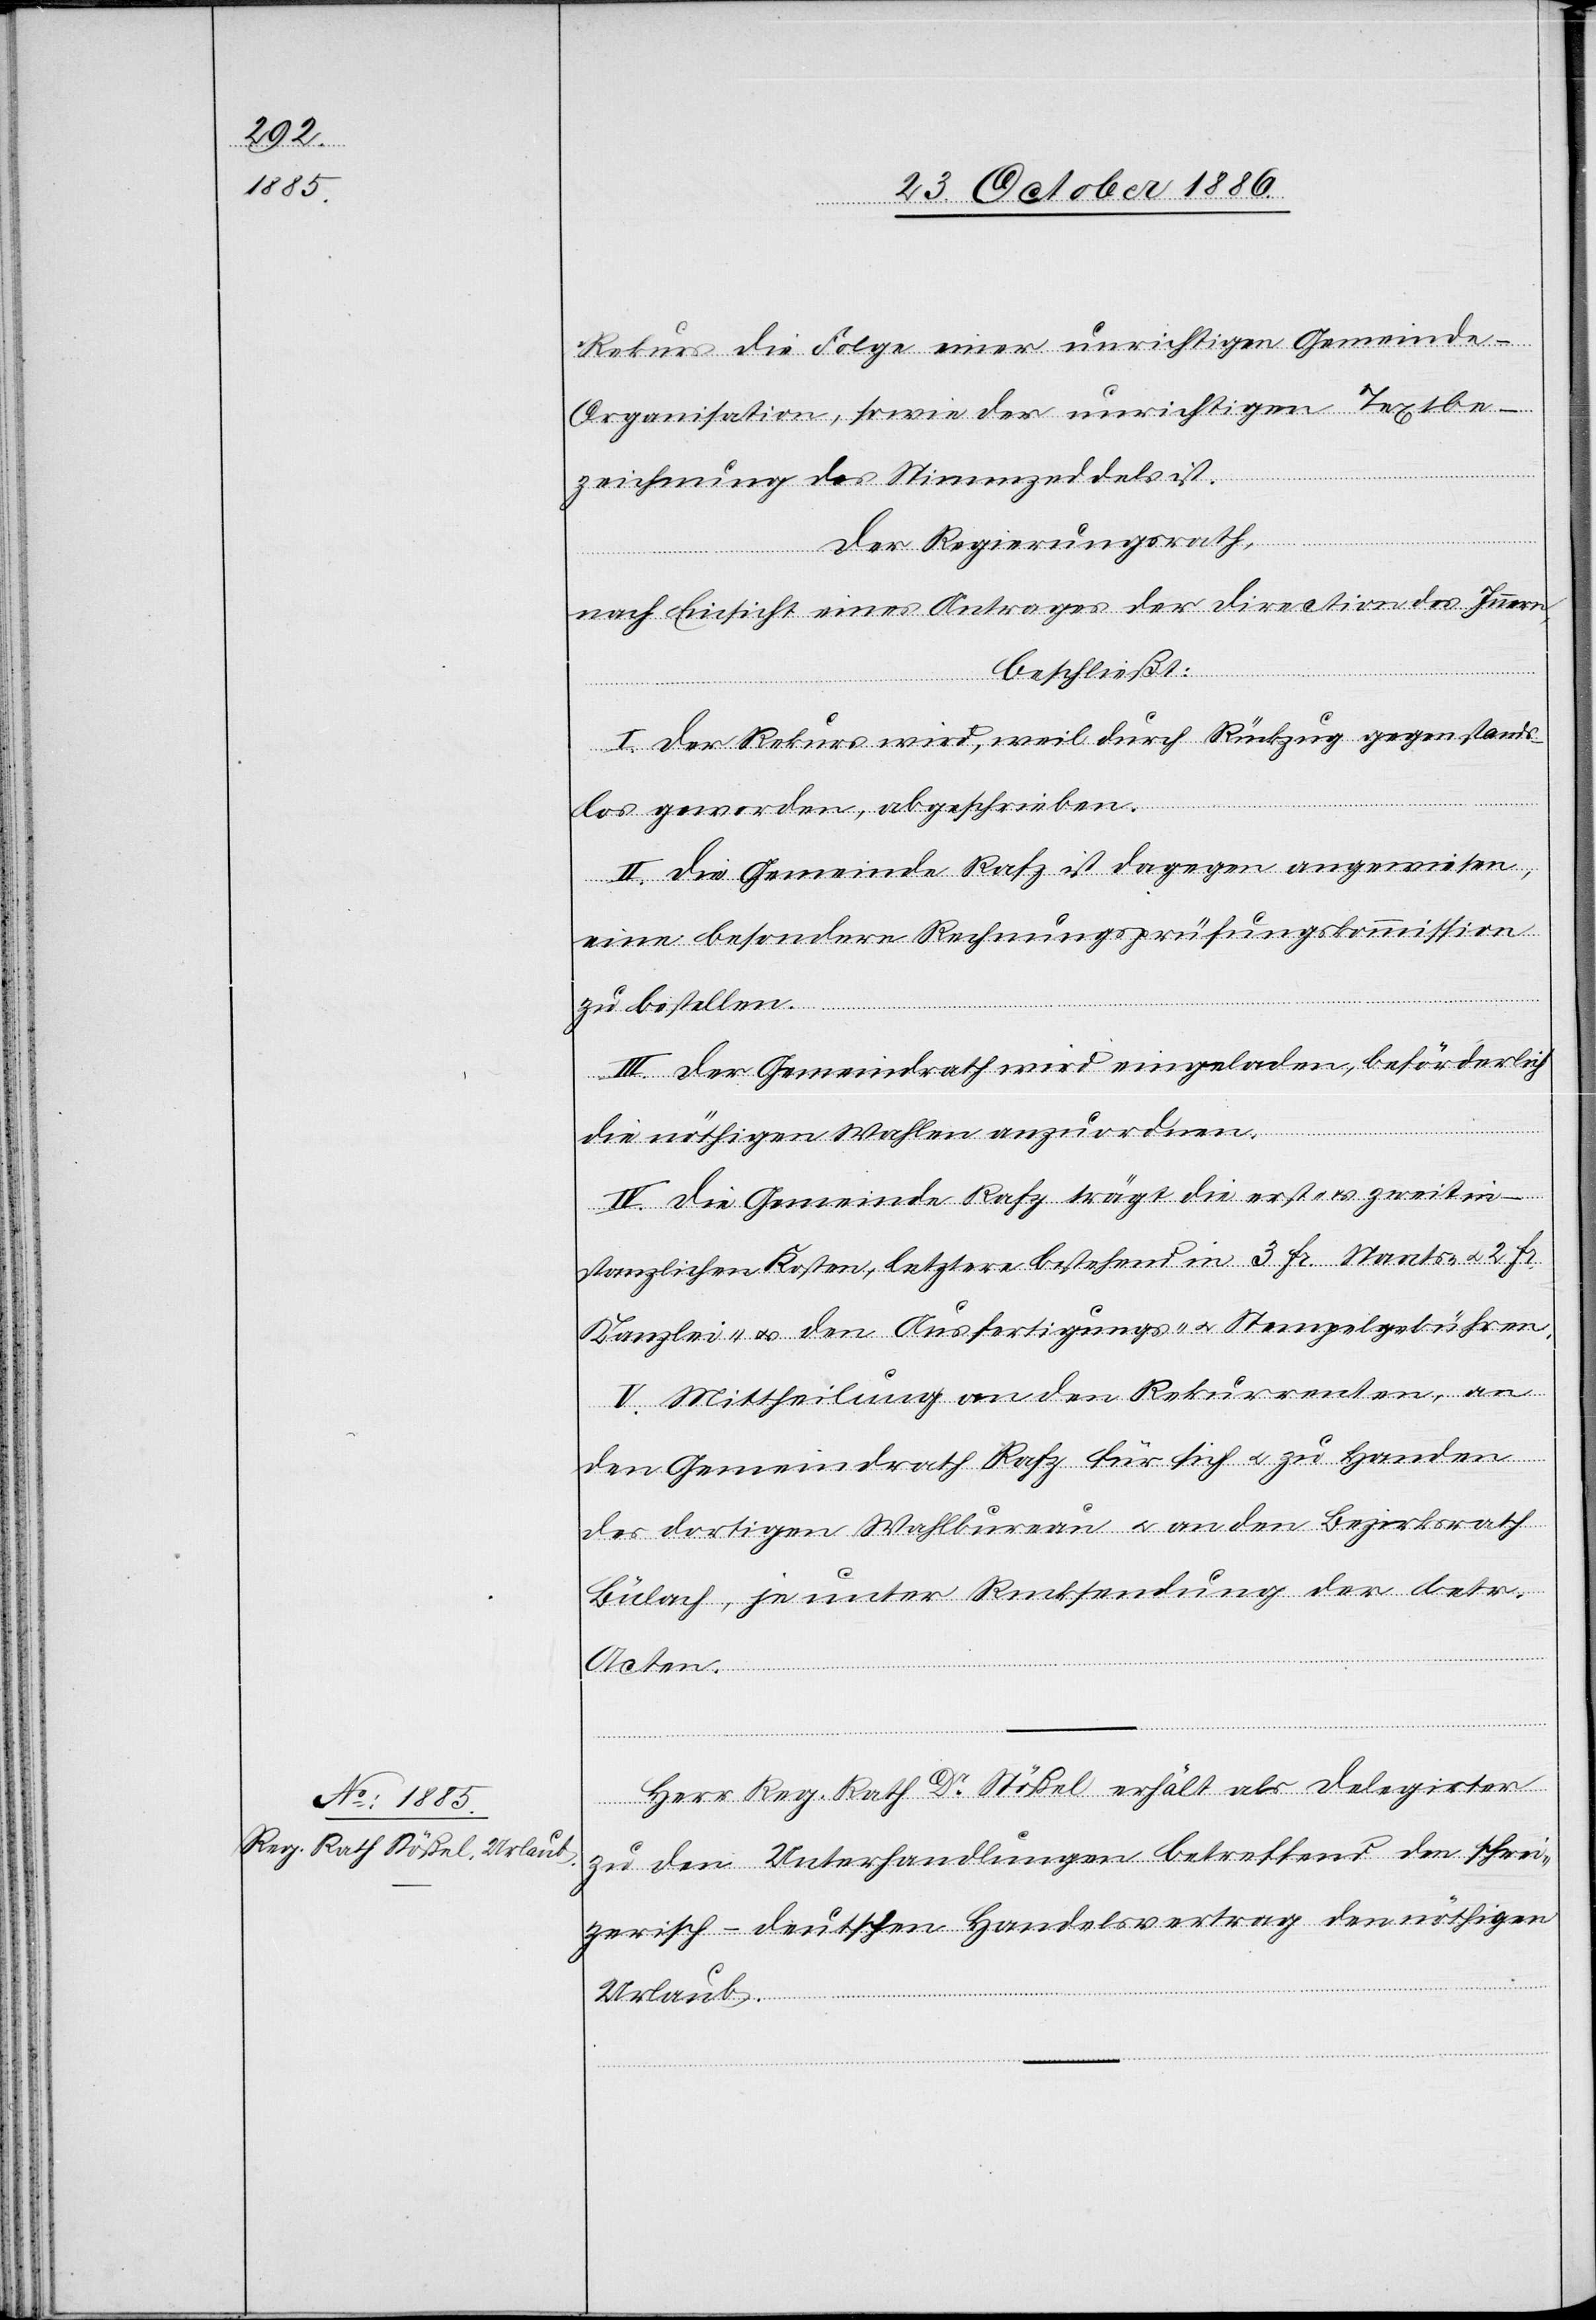
Rekurs die Folge einer unrichtigen Gemeinde-O¬
rganisation, sowie der unrichtigen Textbe¬
zeichnung des Stimmzeddels ist.
Der Regierungsrath,
nach Einsicht eines Antrages der Direction des Innern,
beschließt:
I. Der Rekurs wird, weil durch Rückzug gegenstands¬
los geworden, abgeschrieben.
II. Die Gemeinde Rafz ist dagegen angewiesen,
eine besondere Rechnungsprüfungskommission
zu bestellen.
III. Der Gemeindrath wird eingeladen, beförderlich
die nöthigen Wahlen anzuordnen.
IV. Die Gemeinde Rafz trägt die erst- & zweitin¬
stanzlichen Kosten, letztere bestehend in 3 Fr. Staats- & 2 Fr.
Kanzlei- & den Ausfertigungs- & Stempelgebühren.
V. Mittheilung an den Rekurrenten, an
den Gemeindrath Rafz für sich & zu Handen
des dortigen Wahlbureau & an den Bezirksrath
Bülach, je unter Rucksendung [sic!] der betr.
Acten.
Herr Reg. Rath Dr Stößel erhält als Delegirter
zu den Unterhandlungen betreffend den schwei¬
zerisch-deutschen Handelsvertrag den nöthigen
Urlaub.